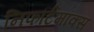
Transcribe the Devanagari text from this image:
निफर्टिमॉक्स